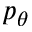
p _ { \theta }